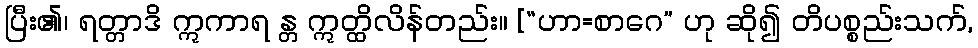
ပြီး၏၊ ရတ္တာဒိ ဣကာရ န္တ ဣတ္ထိလိန်တည်း။ [“ဟာ=စာဂေ” ဟု ဆို၍ တိပစ္စည်းသက်,